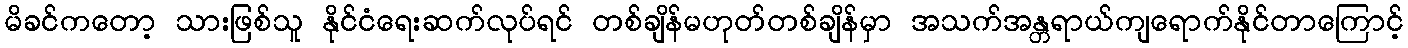
မိခင်ကတော့ သားဖြစ်သူ နိုင်ငံရေးဆက်လုပ်ရင် တစ်ချိန်မဟုတ်တစ်ချိန်မှာ အသက်အန္တရာယ်ကျရောက်နိုင်တာကြောင့်